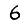
Digit: 6